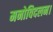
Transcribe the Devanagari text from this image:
मनोविदलन।